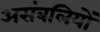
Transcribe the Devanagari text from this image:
असंबलियों